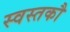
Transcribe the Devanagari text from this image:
स्वस्तकौ